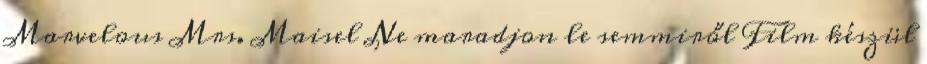
Marvelous Mrs. Maisel Ne maradjon le semmiről Film készül